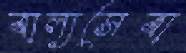
বাল্যসেবা